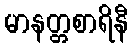
မာနတ္တစာရိနီ